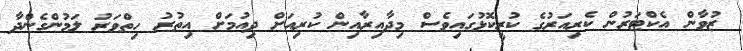
ޒުވާން އެކްޓަރުން ކެރިއަރުގެ ކުރީކޮޅުގައިވެސް މިދާއިރާއިން ކުރިއަށް ދިއުމަށް އިތުރު ހިތްވަރު ލަމުންގެންދާ